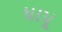
ધાપૂ